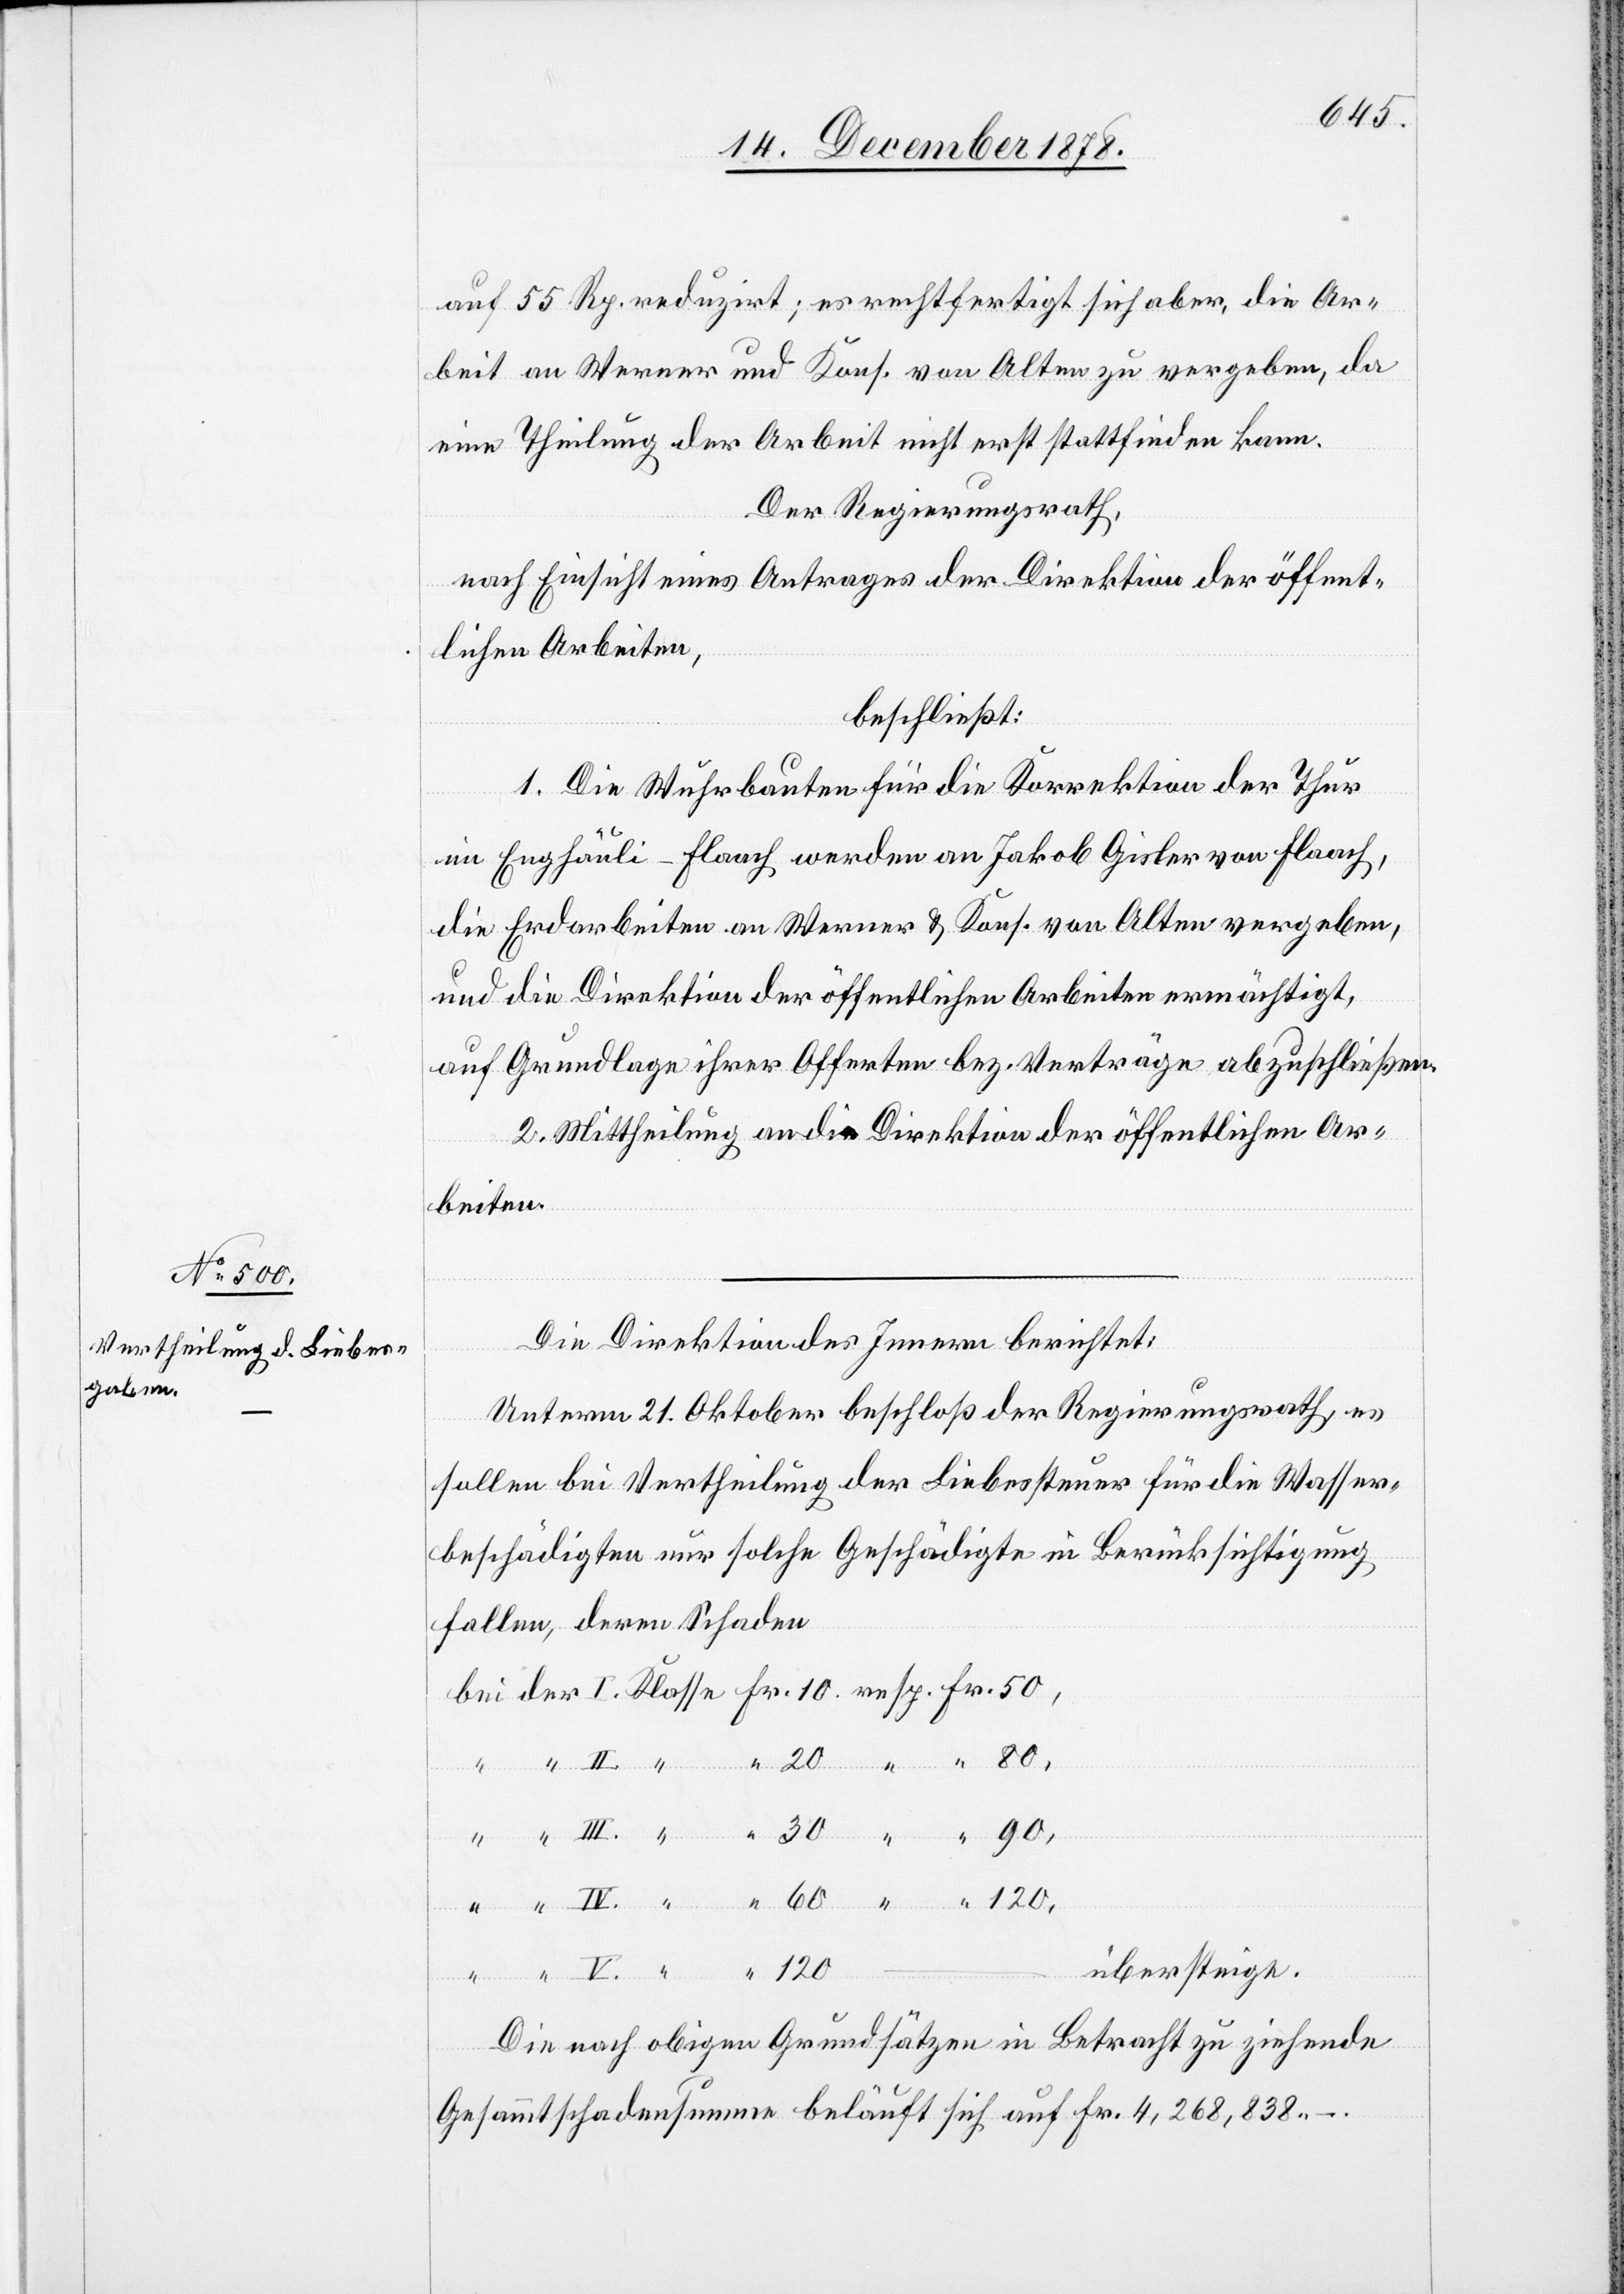
auf 55 Rp. reduzirt; es rechtfertigt sich aber, die Ar¬
beit an Werner und Kons. von Alten zu vergeben, da
eine Theilung der Arbeit nicht erst stattfinden kann.
Der Regierungsrath,
nach Einsicht eines Antrages der Direktion der öffent¬
lichen Arbeiten,
beschließt:
1. Die Wuhrbauten für die Korrektion der Thur
im Enghäusli - Flaach werden an Jakob Gisler von Flaach,
die Erdarbeiten an Werner & Kons. von Alten vergeben,
und die Direktion der öffentlichen Arbeiten ermächtigt,
auf Grundlage ihrer Offerten bez. Verträge abzuschließen.
2. Mittheilung an die Direktion der öffentlichen Ar¬
beiten.
Die Direktion des Innern berichtet:
Unterm 21. Oktober beschloß der Regierungsrath, es
sollen bei Vertheilung der Liebessteuer für die Wasser¬
beschädigten nur solche Geschädigte in Berücksichtigung
fallen, deren Schaden
übersteigen.
Die nach obigen Grundsätzen in Betracht zu ziehende
Gesammtschadensumme beläuft sich auf Fr. 4,268,838.–.